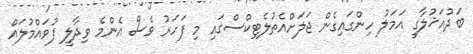
ބަދުއަޚުލާގީ އަމަލު ހިންގައިގެން ޖަލަށްއެތުލެޓިކްސްގައި މި ފަހަރު ވެސް އެންމެ ވިދާލީ ފުވައްމުލައް